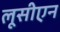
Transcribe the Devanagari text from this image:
लूसीएन